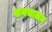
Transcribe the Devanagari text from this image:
सनचालन